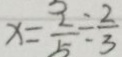
x = \frac { 2 } { 5 } \div \frac { 2 } { 3 }